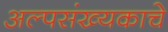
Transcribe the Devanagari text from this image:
अल्पसंख्यकाचे